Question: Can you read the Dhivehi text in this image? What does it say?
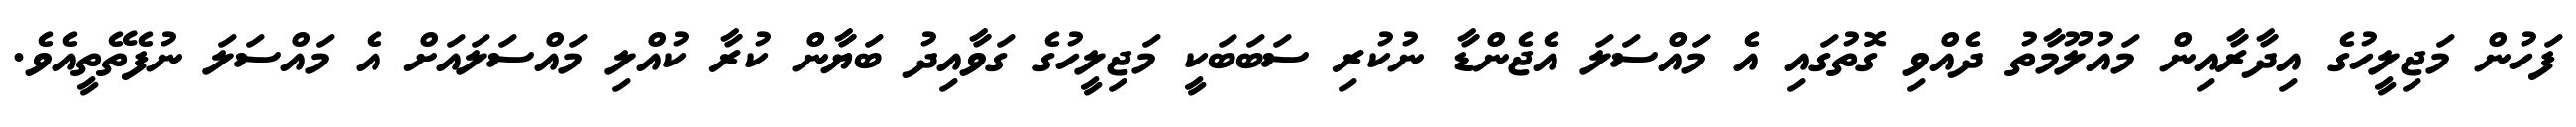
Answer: ފަހުން މަޖިލީހުގެ އިދާރާއިން މައުލޫމާތު ދެއްވި ގޮތުގައި އެ މައްސަލަ އެޖެންޑާ ނުކުރި ސަބަބަކީ މަޖިލީހުގެ ގަވާއިދު ބަޔާން ކުރާ ކުއްލި މައްސަލައަށް އެ މައްސަލަ ނުފެތޭތީއެވެ.